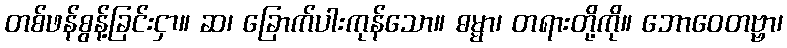
တစ်ဖန်စွန့်ခြင်းငှာ။ ဆ၊ ခြောက်ပါးကုန်သော။ ဓမ္မာ၊ တရားတို့ကို။ ဘောဝေတဗ္ဗာ၊